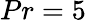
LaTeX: Pr=5